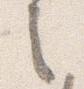
之